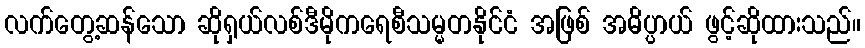
လက်တွေ့ဆန်သော ဆိုရှယ်လစ်ဒီမိုကရေစီသမ္မတနိုင်ငံ အဖြစ် အဓိပ္ပာယ် ဖွင့်ဆိုထားသည်။